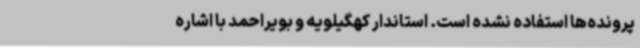
پرونده‌ها استفاده نشده است. استاندار کهگیلویه و بویراحمد با اشاره